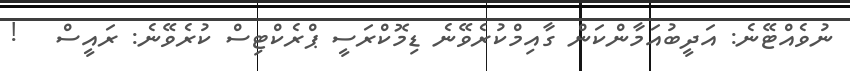
ނުވެއްޓޭނެ: އަދީބުއަމާންކަން ގާއިމްކުރެވޭނެ ޑިމޮކްރަސީ ޕްރެކްޓިސް ކުރެވޭނެ: ރައީސް   !